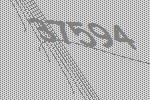
37594